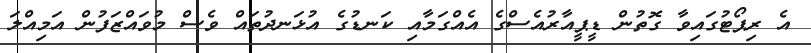
އެ ރިޕޯޓުގައިވާ ގޮތުން ޑީޕީއާރުއެސްގެ އެއްގަމާއި ކަނޑުގެ އުޅަނދުތައް ވެސް މުވައްޒަފުން އަމިއްލަ